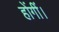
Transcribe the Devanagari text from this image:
होंगीं।